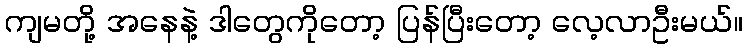
ကျမတို့ အနေနဲ့ ဒါတွေကိုတော့ ပြန်ပြီးတော့ လေ့လာဦးမယ်။